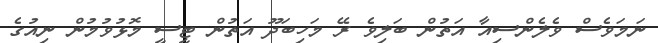
ނަމަވެސް ވެލެންސިއާ އަތުން ބަލިވެ ރޭ މަހިބަދޫ އަތުން ޓީސީ މޮޅުވުމުން ނިއުގެ